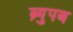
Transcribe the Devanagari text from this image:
ब्र्युपब